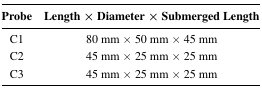
<table><thead><tr><td><b>Probe</b></td><td><b>Length × Diameter × Submerged Length</b></td></tr></thead><tbody><tr><td>C1</td><td>80 mm × 50 mm × 45 mm</td></tr><tr><td>C2</td><td>45 mm × 25 mm × 25 mm</td></tr><tr><td>C3</td><td>45 mm × 25 mm × 25 mm</td></tr></tbody></table>